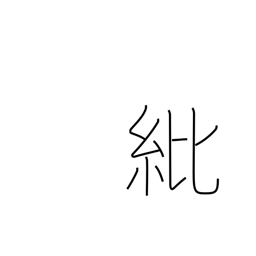
Meaning: decoration